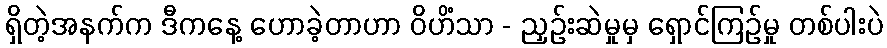
ရှိတဲ့အနက်က ဒီကနေ့ ဟောခဲ့တာဟာ ဝိဟိံသာ - ညှဉ်းဆဲမှုမှ ရှောင်ကြဉ်မှု တစ်ပါးပဲ